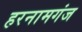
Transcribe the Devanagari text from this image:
हरनामगंज